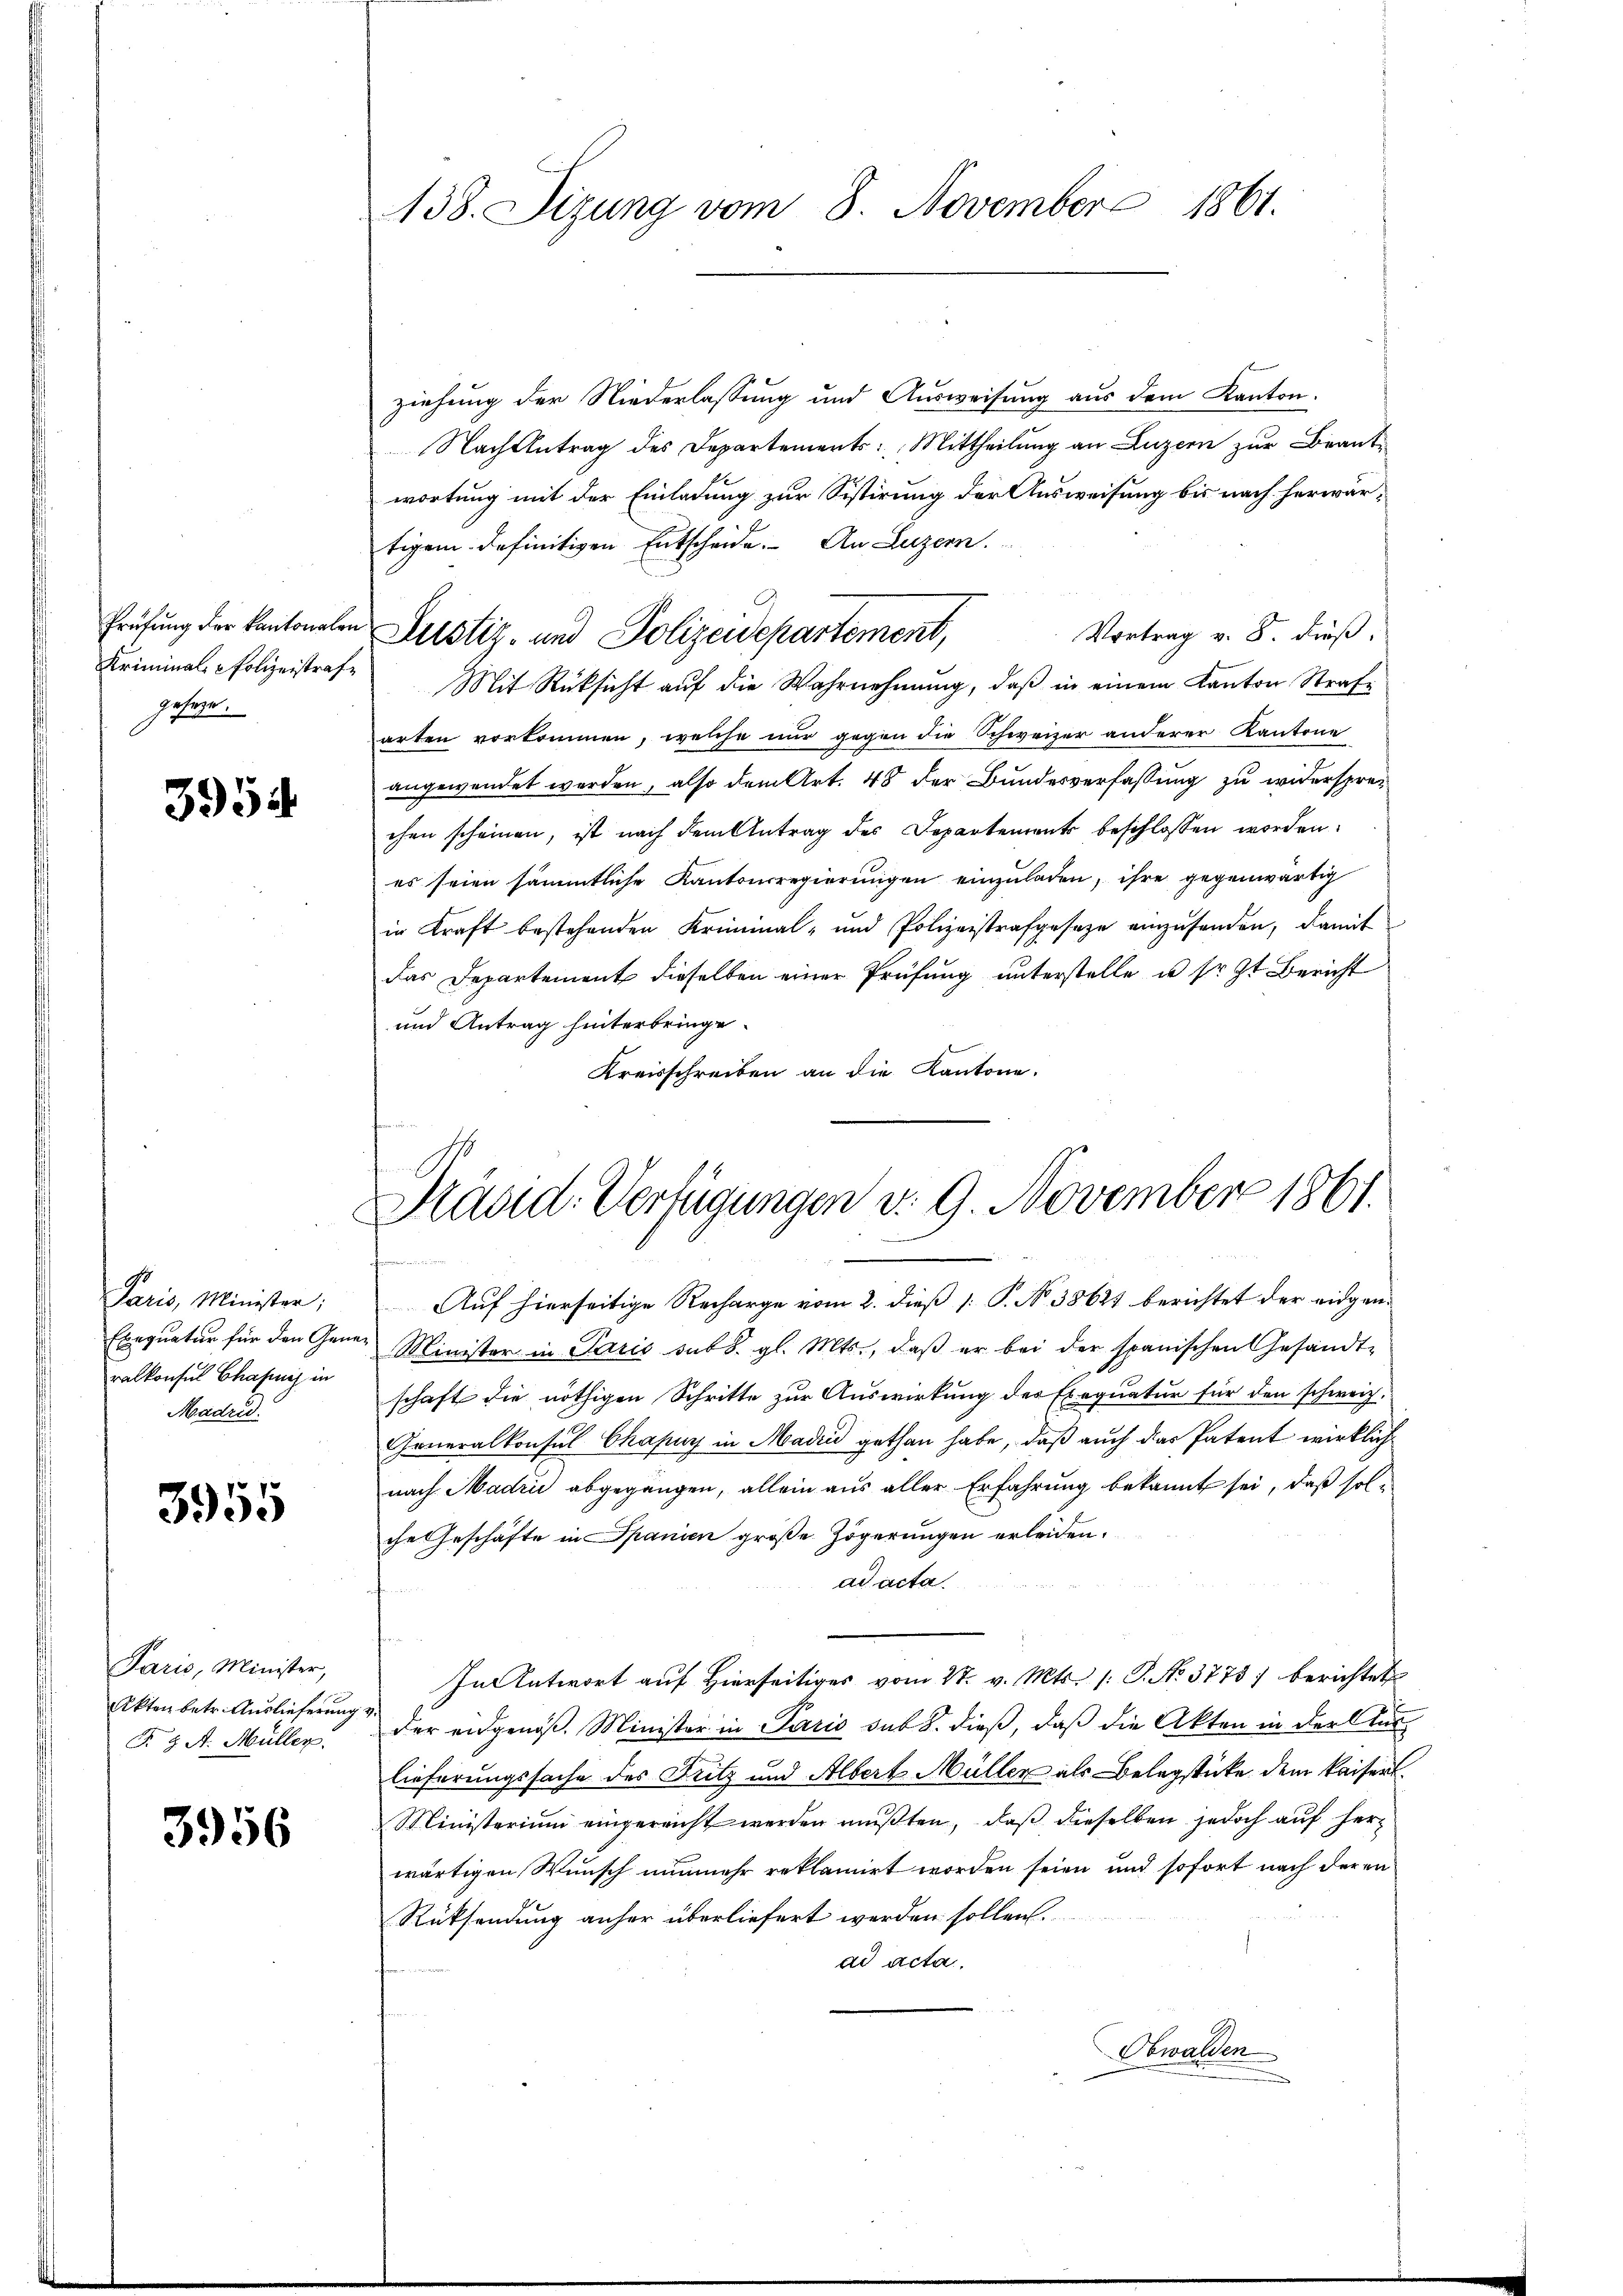
Prüfung der kantonalen
Kriminal-Polizeistrafe
geseze.

3954

Paris, Minister;
Exequatur für den Generalkonsul Chafing in
Madrid.

3955

Paris, Minister,
Akten betr. Auslieferung
F. J. A. Müller.

3956

138. Sizung vom 8. November 1861.

ziehung der Niederlassung und Ausweisung aus dem Kanton
Nachtetrag des Departements: Mittheilung an Luzern zur Beantwortung mit der Einladung zur Sistirung der Ausweisung bis nach herwärtigem definitiven Entscheide. An Luzern.
Vortrag v. 8. dieß,
arten vorkommen, welche nur gegen die Schweizer anderer Kantone
angewendet werden, also dem Art. 48 der Bundesverfassung zu widersprechen scheinen, ist nach dem Antrag des Departements beschlossen worden.
es seien sämmtliche Kantonsregierungen einzuladen, ihre gegenwärtig
in Kraft bestehenden Kriminal- und Polizeistrafgeseze einzusenden, damit
das Departement dieselben einer Prüfung unterstelle u. sr. Zt. Bericht
und Antrag hinterbringe.
Kreisschreiben an die Kantone.

Justiz- und Polizeidepartement,
Mit Rüksicht auf die Wahrnehmung, daß in einem Kanton Strafe

Hradid. Verfügungen d. 9. November 1861.

Auf hierseitige Recharge vom 2. dieß [ P. No. 38621 berichtet der eidgen.
Minister in Paris sub. gl. Mts., daß er bei der spanischen Gesandtschaft die nöthigen Schritte zur Auswirkung des Exequatur für den schweiz.
Generalkonsul Chapuy in Madii gethan habe, daß auch das Patent wirklich
nach Madrii abgegangen, allein aus aller Erfahrung bekannt sei, daß sol-
che Geschäfte in Spanien große Zögerungen erleiden.
ad acta
In Antwort auf Hierseitiges vom 27. v. Mts. /: P. No. 3775) berichtet
der eidgenöß. Minister in Paris sub 8. dieß, daß die Akten in der Aus-
lieferungssache des Fritz und Albert Müller als Belegstücke dem kaisert
Ministerium eingereicht werden mußten, daß dieselben jedoch auf herwärtigen Wunsch nunmehr reklamirt worden seien und sofort nach deren
Rücksendung anher überliefert werden sollen.
ad acta,
Obwalden